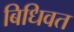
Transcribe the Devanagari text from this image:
बिधिवत